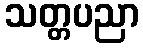
သတ္တပညာ